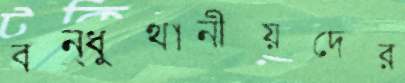
বন্ধুস্থানীয়দের